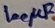
Text: 100µF